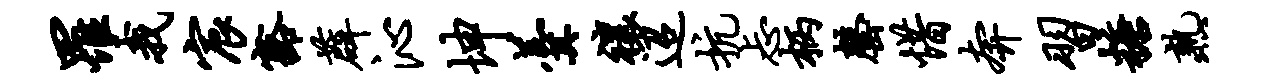
罹我宸豁薜沁坤羹禳迢抗忐柄罄惜奔习糖熟